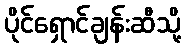
ပိုင်ရှောင်ချန်းဆီသို့